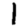
Digit: 1